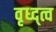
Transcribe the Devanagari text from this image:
वृध्द्त्व